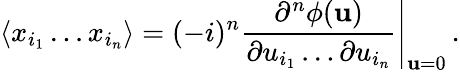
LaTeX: \langle x_{i_{1}}\dots x_{i_{n}}\rangle=(-i)^{n}\left.{\frac{\partial^{n}\phi({\mathbf u})}{\partial u_{i_{1}}\dots\partial u_{i_{n}}}}\right|_{{\mathbf u}=0}\, .